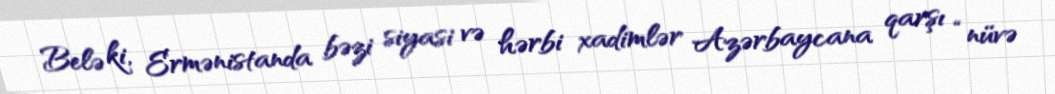
Belə ki, Ermənistanda bəzi siyasi və hərbi xadimlər Azərbaycana qarşı “nüvə